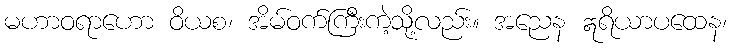
မဟာဝရာဟော ဝိယစ၊ အိမ်ဝက်ကြီးကဲ့သို့လည်း။ အညေန ဣရိယာပထေန၊